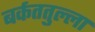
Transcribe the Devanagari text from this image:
बर्कततुल्ला